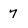
Character: 7